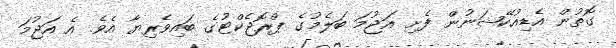
ގޮތުން އެޑިއުކޭޝަނުން ފެށި އަޖުމަ ބަލެމުގެ ޕްރޮޖެކްޓުގެ ބައިވެރިޔާ އެވެ. އެ އަޖުމަ